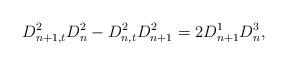
LaTeX: \begin{align*} D_{n+1,t}^2D_n^2-D_{n,t}^2D_{n+1}^2=2D_{n+1}^1D_n^3, \end{align*}